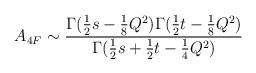
LaTeX: \begin{align*}A_{4F}\sim \frac{\Gamma (\frac{1}{2}s-\frac{1}{8}Q^2)\Gamma (\frac{1}{2}t-\frac{1}{8}Q^2)}{\Gamma (\frac{1}{2}s+\frac{1}{2}t-\frac{1}{4}Q^2)}\end{align*}